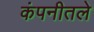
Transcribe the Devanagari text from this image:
कंपनीतले